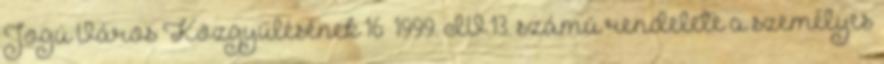
Jogú Város Közgyűlésének 16 1999. IV.13. számú rendelete a személyes